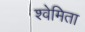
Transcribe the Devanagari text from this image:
श्वेमिता